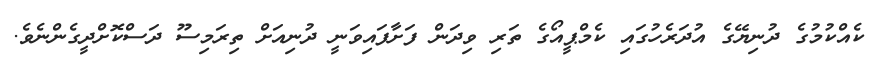
ކެއްކުމުގެ ދުނިޔޭގެ އުދަރެހުގައި ކެމްޕީއޯގެ ތަރި ވިދަން ފަށާފައިވަނީ ދުނިއަށް ތިރަމިސޫ ދަސްކޮށްދީގެންނެވެ.